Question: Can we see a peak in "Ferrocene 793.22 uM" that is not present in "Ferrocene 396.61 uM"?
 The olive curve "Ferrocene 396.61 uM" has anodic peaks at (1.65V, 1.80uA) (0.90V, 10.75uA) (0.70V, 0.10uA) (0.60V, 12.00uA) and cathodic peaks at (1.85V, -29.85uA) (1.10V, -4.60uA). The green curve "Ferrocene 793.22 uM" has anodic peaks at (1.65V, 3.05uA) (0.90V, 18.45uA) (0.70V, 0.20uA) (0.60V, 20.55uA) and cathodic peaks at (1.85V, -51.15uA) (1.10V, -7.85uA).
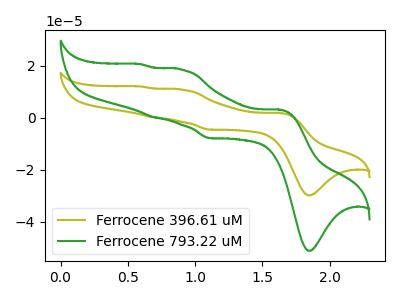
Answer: <think>All the peaks in "Ferrocene 793.22 uM" have a peak in "Ferrocene 396.61 uM" at the same potential. Every peak in "Ferrocene 793.22 uM" is higher than every peak in "Ferrocene 396.61 uM".
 </think>
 <answer>No, "Ferrocene 793.22 uM" and "Ferrocene 396.61 uM" don't appear to be significantly different in shape</answer>
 <eval>no_change</eval>